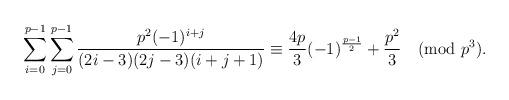
LaTeX: \begin{align*}\sum_{i=0}^{p-1}\sum_{j=0}^{p-1}\frac{p^2(-1)^{i+j}}{(2i-3)(2j-3)(i+j+1)}&\equiv \frac{4p}{3}(-1)^{\frac{p-1}{2}}+\frac{p^2}{3}\pmod{p^3}. \end{align*}